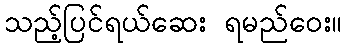
သည့်ပြင်ရယ်ဆေး ရမည်ဝေး။